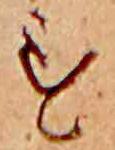
す